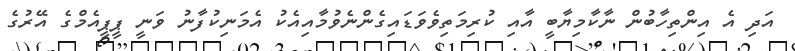
އަދި އެ އިންތިހާބުން ނާކާމިޔާބީ އާއި ކުރިމަތިވެވަޑައިގެންނެވުމާއިއެކު އެމަނިކުފާނު ވަނީ ޕީޕީއެމްގެ އޭރުގެ